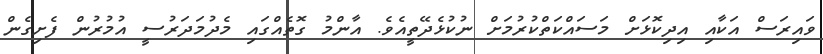
ވައިރަސް އަކާއި އިދިކޮޅަށް މަސައްކަތްކުރުމަށް ނުކުޅެދޭތީއެވެ. އާންމު ގޮތެއްގައި މެދުމަދަރުސީ އުމުރުން ފެށިގެން